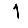
Digit: 1